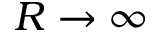
R \to \infty